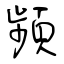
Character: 頻